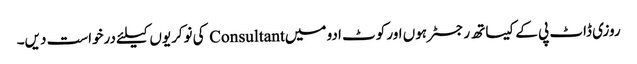
روزی ڈاٹ پی کے کیساتھ رجسٹر ہوں اور کوٹ ادو میں Consultant کی نوکریوں کیلئے درخواست دیں۔